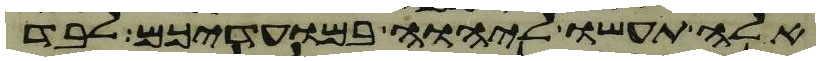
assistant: אלה תעשו ליהוה במועדיכם לבד